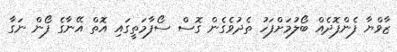
ޒާވްޔާ ފެންފޮދެއް ބޯލުމަށްފަހު ތެދުވެގެން ގޮސް ސޯފާމަތީގައި އޮތް އޭނާގެ ފޯން ނަގާ